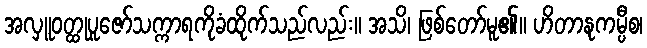
အလှူဝတ္ထုပူဇော်သက္ကာရကိုခံထိုက်သည်လည်း။ အသိ၊ ဖြစ်တော်မူ၏။ ဟိတာနုကမ္ပီစ၊